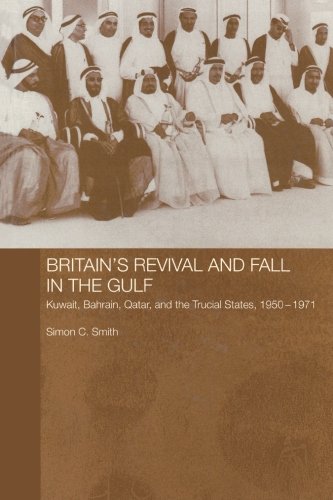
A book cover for Britain's Revival and Fall in the Gulf: Kuwait, Bahrain, Qatar, and the Trucial States, 1950-71 (Routledge Studies in the Modern History of the Middle East); Simon C. Smith; History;